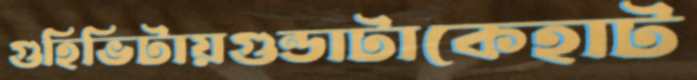
গুহিভিটায়গুন্ডাটাকেহাট